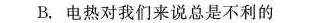
B.电热对我们来说总是不利的